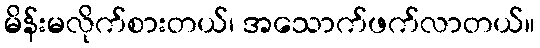
မိန်းမလိုက်စားတယ်၊ အသောက်ဖက်လာတယ်။